Annual report of the Punjab Veterinary College and of the Civil Veterinary Department, Punjab - 1894-1908
Year: 1894
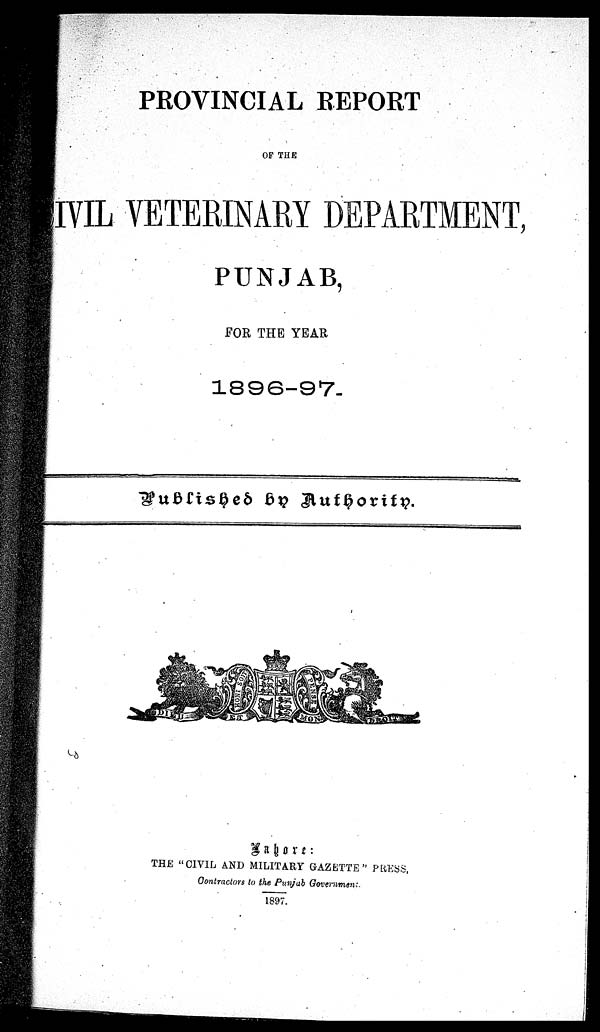
PROVINCIAL REPORT
OF THE
IVIL VETERINARY DEPARTMENT,
PUNJAB,
FOR THE YEAR
1896-97.
Published by Authority.
Lahore:
THE "CIVIL AND MILITARY GAZETTE" PRESS,
Contractors to the Punjab Government.
1897.